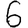
Digit: 6